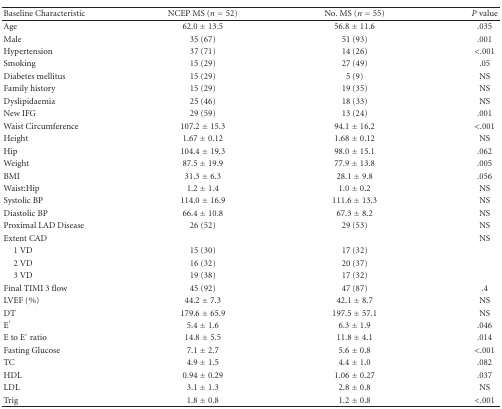
<table><thead><tr><td><b>Baseline Characteristic</b></td><td><b>NCEP MS (<i>n</i> = 52)</b></td><td><b>No. MS (<i>n</i> = 55)</b></td><td><b><i>P</i> value</b></td></tr></thead><tbody><tr><td>Age</td><td>62.0 ± 13.5</td><td>56.8 ± 11.6</td><td>.035</td></tr><tr><td>Male</td><td>35 (67)</td><td>51 (93)</td><td>.001</td></tr><tr><td>Hypertension</td><td>37 (71)</td><td>14 (26)</td><td>&lt;.001</td></tr><tr><td>Smoking</td><td>15 (29)</td><td>27 (49)</td><td>.05</td></tr><tr><td>Diabetes mellitus</td><td>15 (29)</td><td>5 (9)</td><td>NS</td></tr><tr><td>Family history</td><td>15 (29)</td><td>19 (35)</td><td>NS</td></tr><tr><td>Dyslipidaemia</td><td>25 (46)</td><td>18 (33)</td><td>NS</td></tr><tr><td>New IFG</td><td>29 (59)</td><td>13 (24)</td><td>.001</td></tr><tr><td>Waist Circumference</td><td>107.2 ± 15.3</td><td>94.1 ± 16.2</td><td>&lt;.001</td></tr><tr><td>Height</td><td>1.67 ± 0.12</td><td>1.68 ± 0.12</td><td>NS</td></tr><tr><td>Hip</td><td>104.4 ± 19.3</td><td>98.0 ± 15.1</td><td>.062</td></tr><tr><td>Weight</td><td>87.5 ± 19.9</td><td>77.9 ± 13.8</td><td>.005</td></tr><tr><td>BMI</td><td>31.3 ± 6.3</td><td>28.1 ± 9.8</td><td>.056</td></tr><tr><td>Waist:Hip</td><td>1.2 ± 1.4</td><td>1.0 ± 0.2</td><td>NS</td></tr><tr><td>Systolic BP</td><td>114.0 ± 16.9</td><td>111.6 ± 13.3</td><td>NS</td></tr><tr><td>Diastolic BP</td><td>66.4 ± 10.8</td><td>67.3 ± 8.2</td><td>NS</td></tr><tr><td>Proximal LAD Disease</td><td>26 (52)</td><td>29 (53)</td><td>NS</td></tr><tr><td>Extent CAD</td><td></td><td></td><td>NS</td></tr><tr><td> 1 VD</td><td> 15 (30)</td><td> 17 (32)</td><td></td></tr><tr><td> 2 VD</td><td> 16 (32)</td><td> 20 (37)</td><td></td></tr><tr><td> 3 VD</td><td> 19 (38)</td><td> 17 (32)</td><td></td></tr><tr><td>Final TIMI 3 flow</td><td>45 (92)</td><td>47 (87)</td><td>.4</td></tr><tr><td>LVEF (%)</td><td>44.2 ± 7.3</td><td>42.1 ± 8.7</td><td>NS</td></tr><tr><td>DT</td><td>179.6 ± 65.9</td><td>197.5 ± 57.1</td><td>NS</td></tr><tr><td>E′</td><td>5.4 ± 1.6</td><td>6.3 ± 1.9</td><td>.046</td></tr><tr><td>E to E′ ratio</td><td>14.8 ± 5.5</td><td>11.8 ± 4.1</td><td>.014</td></tr><tr><td>Fasting Glucose</td><td>7.1 ± 2.7</td><td>5.6 ± 0.8</td><td>&lt;.001</td></tr><tr><td>TC</td><td>4.9 ± 1.5</td><td>4.4 ± 1.0</td><td>.082</td></tr><tr><td>HDL</td><td>0.94 ± 0.29</td><td>1.06 ± 0.27</td><td>.037</td></tr><tr><td>LDL</td><td>3.1 ± 1.3</td><td>2.8 ± 0.8</td><td>NS</td></tr><tr><td>Trig</td><td>1.8 ± 0.8</td><td>1.2 ± 0.8</td><td>&lt;.001</td></tr></tbody></table>